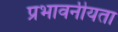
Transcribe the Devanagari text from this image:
प्रभावनीयता